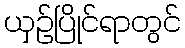
ယှဉ်ပြိုင်ရာတွင်